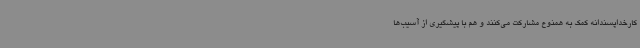
کارخداپسندانه کمک به همنوع مشارکت می‌کنند و هم با پیشگیری از آسیب‌ها